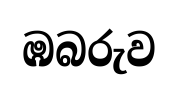
ඹබරුව